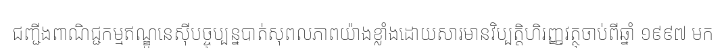
ជញ្ជីងពាណិជ្ជកម្មឥណ្ឌូនេស៊ីបច្ចុប្បន្នបាត់សុពលភាពយ៉ាងខ្លាំងដោយសារមានវិប្បត្តិហិរញ្ញវត្ថុចាប់ពីឆ្នាំ ១៩៩៧ មក